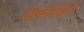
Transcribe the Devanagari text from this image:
असलेल्यानी